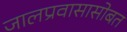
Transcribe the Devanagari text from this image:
जालप्रवासासोबत